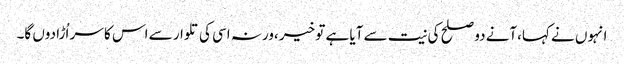
انہوں نے کہا،آنے دو صلح کی نیت سے آیا ہے تو خیر ،ورنہ اسی کی تلوار سے اس کا سر اُڑا دوں گا۔